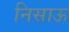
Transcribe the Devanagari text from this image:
निसाऊ